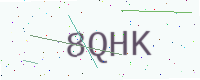
Text: 8QHK